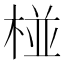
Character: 椪